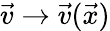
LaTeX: \vec{v}\rightarrow\vec{v}(\vec{x})